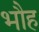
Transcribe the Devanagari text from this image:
भौह